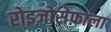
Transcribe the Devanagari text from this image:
रोइज़ोसेफ़ाला